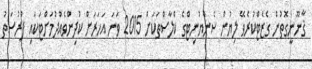
ޤާނޫނީގޮތުން ގެޒެޓްކުރެވޭ ލިޔުން ސެންޔުނިޓްގެ ކްލާސްތަކަށް 2015 ވަނަ އަހަރަށް ކުދިންވެއްދުމަށްޓަކައި ފުރުސަތު